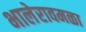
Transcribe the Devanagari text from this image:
भालेरावमळा